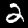
Label: 2